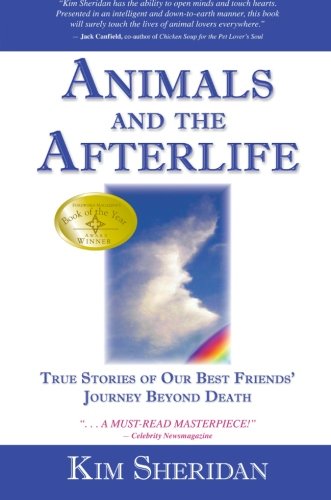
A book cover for Animals and the Afterlife: True Stories of Our Best Friends' Journey Beyond Death; Kim Sheridan Ph.D.; Crafts, Hobbies & Home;